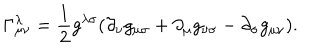
LaTeX: \Gamma _ { \mu \nu } ^ { \lambda } = \frac { 1 } { 2 } g ^ { \lambda \sigma } ( \partial _ { \nu } g _ { \mu \sigma } + \partial _ { \mu } g _ { \nu \sigma } - \partial _ { \sigma } g _ { \mu \nu } ) .